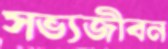
সভ্যজীবন